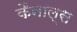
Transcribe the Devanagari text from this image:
कैनाल्स